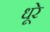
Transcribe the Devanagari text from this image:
धूरे